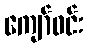
ကျော်ဝင်း